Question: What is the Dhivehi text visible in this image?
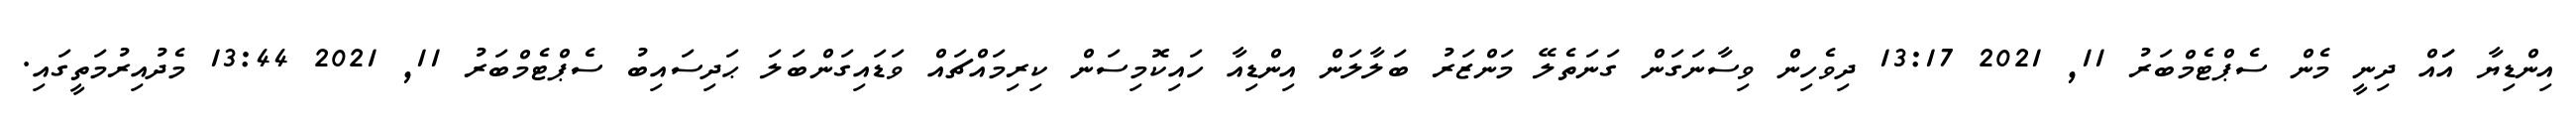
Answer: އިންޑިޔާ އަައް ދިނީ މެން ސެޕްޓެމްބަރު 11, 2021 13:17 ދިވެހިން ވިސާނަގަން ގަނަތެލޭ މަންޒަރު ބަލާލަން އިންޑިއާ ހައިކޮމިސަން ކިރިމައްޗައް ވަޑައިގަންބަލަ ޙަދިސައިބު ސެޕްޓެމްބަރު 11, 2021 13:44 މެދުއިރުމަތީގައި.